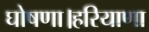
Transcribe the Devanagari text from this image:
घोषणा।हरियाणा